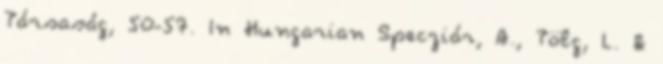
Társaság, 50-57. In Hungarian Specziár, A., Tölg, L. &